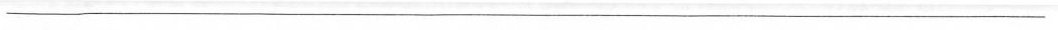
___